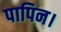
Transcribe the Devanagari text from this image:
पापिन।